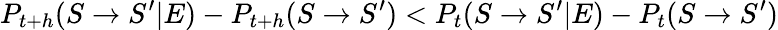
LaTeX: P_{t+h}(S\rightarrow S^{\prime}|E)-P_{t+h}(S\rightarrow S^{\prime})<P_{t}(S\rightarrow S^{\prime}|E)-P_{t}(S\rightarrow S^{\prime})